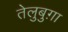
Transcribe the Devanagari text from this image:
तेलुबुग़ा